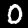
Digit: 0